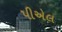
પીએલ